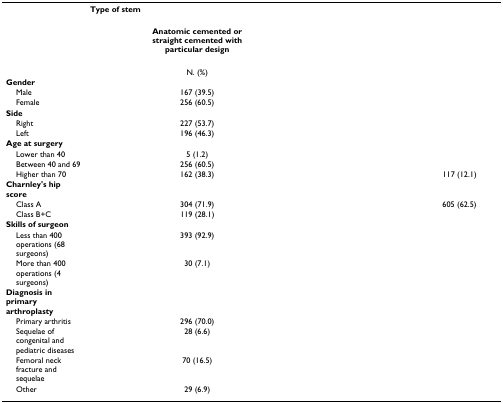
<table><thead><tr><td>[EMPTY_CELL]</td><td colspan="5"><b>Type of stem</b></td></tr></thead><tbody><tr><td>[EMPTY_CELL]</td><td>[EMPTY_CELL]</td><td><b>Anatomic cemented or straight cemented with particular design</b></td><td>[EMPTY_CELL]</td><td>[EMPTY_CELL]</td><td>[EMPTY_CELL]</td></tr><tr><td>[EMPTY_CELL]</td><td>[EMPTY_CELL]</td><td>N. (%)</td><td>[EMPTY_CELL]</td><td>[EMPTY_CELL]</td><td>[EMPTY_CELL]</td></tr><tr><td><b>Gender</b></td><td>[EMPTY_CELL]</td><td>[EMPTY_CELL]</td><td>[EMPTY_CELL]</td><td>[EMPTY_CELL]</td><td>[EMPTY_CELL]</td></tr><tr><td> Male</td><td>[EMPTY_CELL]</td><td>167 (39.5)</td><td>[EMPTY_CELL]</td><td>[EMPTY_CELL]</td><td>[EMPTY_CELL]</td></tr><tr><td> Female</td><td>[EMPTY_CELL]</td><td>256 (60.5)</td><td>[EMPTY_CELL]</td><td>[EMPTY_CELL]</td><td>[EMPTY_CELL]</td></tr><tr><td><b>Side</b></td><td>[EMPTY_CELL]</td><td>[EMPTY_CELL]</td><td>[EMPTY_CELL]</td><td>[EMPTY_CELL]</td><td>[EMPTY_CELL]</td></tr><tr><td> Right</td><td>[EMPTY_CELL]</td><td>227 (53.7)</td><td>[EMPTY_CELL]</td><td>[EMPTY_CELL]</td><td>[EMPTY_CELL]</td></tr><tr><td> Left</td><td>[EMPTY_CELL]</td><td>196 (46.3)</td><td>[EMPTY_CELL]</td><td>[EMPTY_CELL]</td><td>[EMPTY_CELL]</td></tr><tr><td><b>Age at surgery</b></td><td>[EMPTY_CELL]</td><td>[EMPTY_CELL]</td><td>[EMPTY_CELL]</td><td>[EMPTY_CELL]</td><td>[EMPTY_CELL]</td></tr><tr><td> Lower than 40</td><td>[EMPTY_CELL]</td><td>5 (1.2)</td><td>[EMPTY_CELL]</td><td>[EMPTY_CELL]</td><td>[EMPTY_CELL]</td></tr><tr><td> Between 40 and 69</td><td>[EMPTY_CELL]</td><td>256 (60.5)</td><td>[EMPTY_CELL]</td><td>[EMPTY_CELL]</td><td>[EMPTY_CELL]</td></tr><tr><td> Higher than 70</td><td>[EMPTY_CELL]</td><td>162 (38.3)</td><td>[EMPTY_CELL]</td><td>[EMPTY_CELL]</td><td>117 (12.1)</td></tr><tr><td><b>Charnley's hip score</b></td><td>[EMPTY_CELL]</td><td>[EMPTY_CELL]</td><td>[EMPTY_CELL]</td><td>[EMPTY_CELL]</td><td>[EMPTY_CELL]</td></tr><tr><td> Class A</td><td>[EMPTY_CELL]</td><td>304 (71.9)</td><td>[EMPTY_CELL]</td><td>[EMPTY_CELL]</td><td>605 (62.5)</td></tr><tr><td> Class B+C</td><td>[EMPTY_CELL]</td><td>119 (28.1)</td><td>[EMPTY_CELL]</td><td>[EMPTY_CELL]</td><td>[EMPTY_CELL]</td></tr><tr><td><b>Skills of surgeon</b></td><td>[EMPTY_CELL]</td><td>[EMPTY_CELL]</td><td>[EMPTY_CELL]</td><td>[EMPTY_CELL]</td><td>[EMPTY_CELL]</td></tr><tr><td> Less than 400 operations (68 surgeons)</td><td>[EMPTY_CELL]</td><td>393 (92.9)</td><td>[EMPTY_CELL]</td><td>[EMPTY_CELL]</td><td>[EMPTY_CELL]</td></tr><tr><td> More than 400 operations (4 surgeons)</td><td>[EMPTY_CELL]</td><td>30 (7.1)</td><td>[EMPTY_CELL]</td><td>[EMPTY_CELL]</td><td>[EMPTY_CELL]</td></tr><tr><td><b>Diagnosis in primary arthroplasty</b></td><td>[EMPTY_CELL]</td><td>[EMPTY_CELL]</td><td>[EMPTY_CELL]</td><td>[EMPTY_CELL]</td><td>[EMPTY_CELL]</td></tr><tr><td> Primary arthritis</td><td>[EMPTY_CELL]</td><td>296 (70.0)</td><td>[EMPTY_CELL]</td><td>[EMPTY_CELL]</td><td>[EMPTY_CELL]</td></tr><tr><td> Sequelae of congenital and pediatric diseases</td><td>[EMPTY_CELL]</td><td>28 (6.6)</td><td>[EMPTY_CELL]</td><td>[EMPTY_CELL]</td><td>[EMPTY_CELL]</td></tr><tr><td> Femoral neck fracture and sequelae</td><td>[EMPTY_CELL]</td><td>70 (16.5)</td><td>[EMPTY_CELL]</td><td>[EMPTY_CELL]</td><td>[EMPTY_CELL]</td></tr><tr><td> Other</td><td>[EMPTY_CELL]</td><td>29 (6.9)</td><td>[EMPTY_CELL]</td><td>[EMPTY_CELL]</td><td>[EMPTY_CELL]</td></tr></tbody></table>